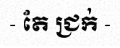
- តែ ជ្រក់ -